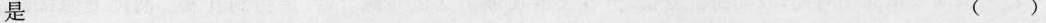
是 ()